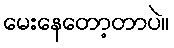
မေးနေတော့တာပဲ။